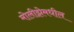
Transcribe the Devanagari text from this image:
मोलीझेमधील